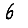
Digit: 6